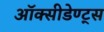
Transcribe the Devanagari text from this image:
ऑक्सीडेण्ट्स